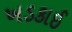
ખડકાઈ